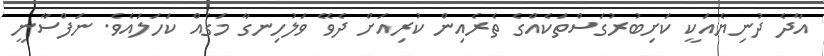
އާދެ ދުނިޔެއަކީ ކަށިބުރުގަސްތަކެއްގެ ތެރެއިން ކުރިއަށް ދެވޭ ވަލުހިނގާ މަގެއް ކަހަލައެވެ. ނަފްސާނީ